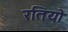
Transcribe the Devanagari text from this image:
रतियो